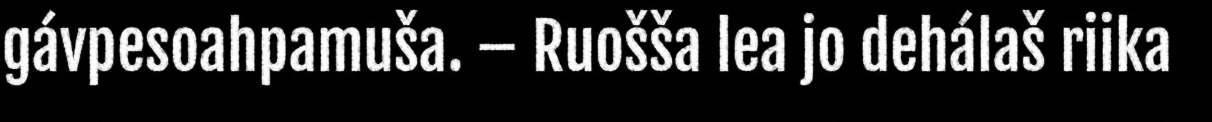
gávpesoahpamuša. – Ruošša lea jo dehálaš riika